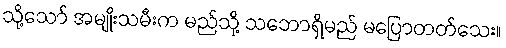
သို့သော် အမျိုးသမီးက မည်သို့ သဘောရှိမည် မပြောတတ်သေး။